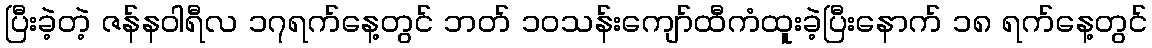
ပြီးခဲ့တဲ့ ဇန်န၀ါရီလ ၁၇ရက်နေ့တွင် ဘတ် ၁၀သန်းကျော်ထီကံထူးခဲ့ပြီးနောက် ၁၈ ရက်နေ့တွင်